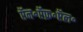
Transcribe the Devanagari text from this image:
ऍन॰ऍफ़॰ऍल॰